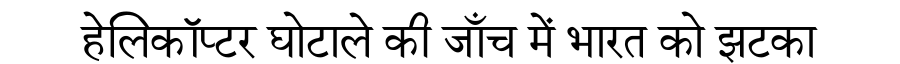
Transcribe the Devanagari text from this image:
हेलिकॉप्टर घोटाले की जाँच में भारत को झटका